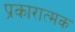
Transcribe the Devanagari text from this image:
प्रकारात्मक